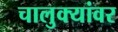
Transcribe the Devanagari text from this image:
चालुक्यांवर